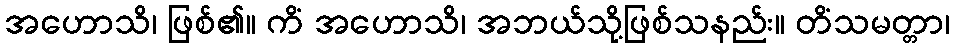
အဟောသိ၊ ဖြစ်၏။ ကိံ အဟောသိ၊ အဘယ်သို့ဖြစ်သနည်း။ တိံသမတ္တာ၊